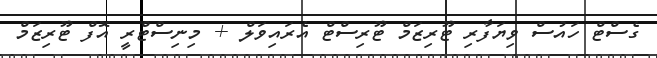
ގެސްޓް ހައުސް ވިޔަފާރި ޓޫރިޒަމް ޓޫރިސްޓް އެރައިވަލް + މިނިސްޓްރީ އޮފް ޓޫރިޒަމް